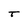
Character: T